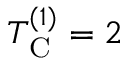
T _ { \mathrm { C } } ^ { ( 1 ) } = 2